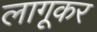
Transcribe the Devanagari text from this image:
लागूकर